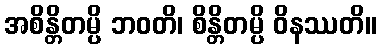
အစိန္တိတမ္ပိ ဘဝတိ၊ စိန္တိတမ္ပိ ဝိနဿတိ။